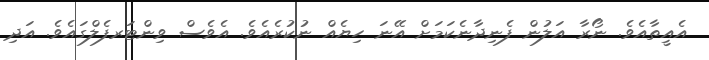
އެއީތާއެވެ. ނޯރާ އަލުން ފެނިދާނެކަމަށް އޭނަ ހިޔެއް ނުކުރެއެވެ. އެވެސް ވިންޓަރފެލްގައެވެ. އަދި